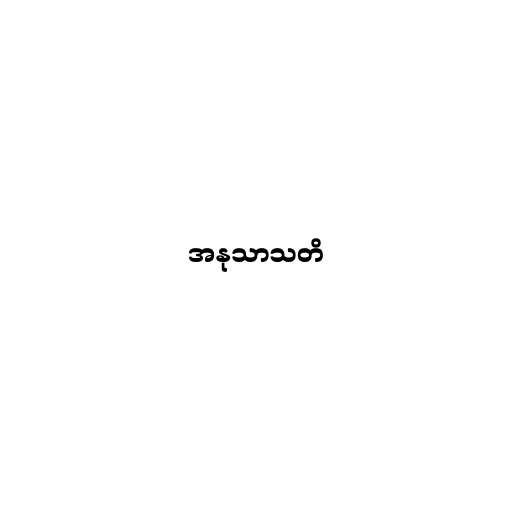
အနုသာသတိ